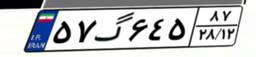
۳۹گ۱۴۶۱۶